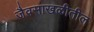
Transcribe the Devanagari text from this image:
जैवसाखळीतील